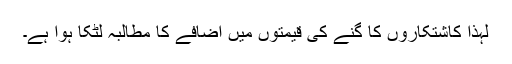
لہٰذا کاشتکاروں کا گنے کی قیمتوں میں اضافے کا مطالبہ لٹکا ہوا ہے۔